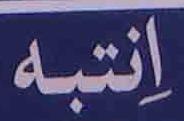
انتبه